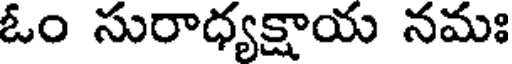
ఓం సురాధ్యక్షాయ నమః